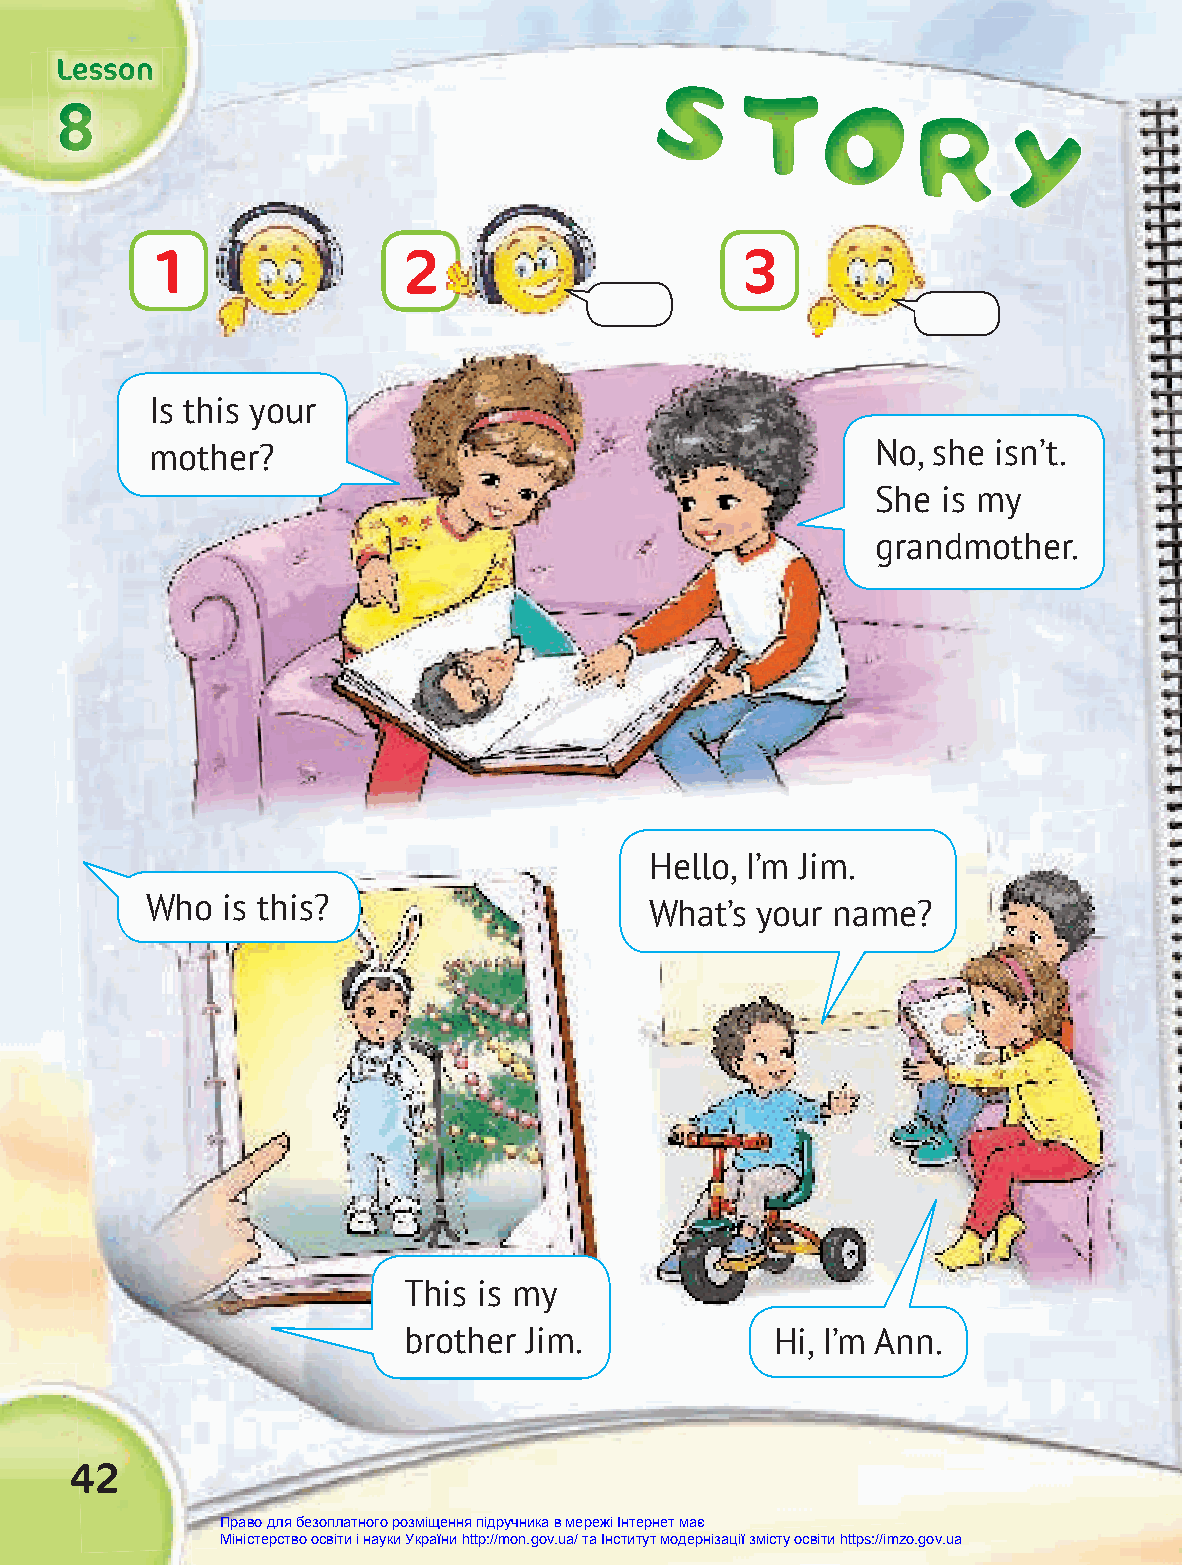
LLLeeessssssooonnn                     SSS
 TTT
 OOO
 888                                                     RRR
 YYY
 1                2                     3
 Is this your
 mother?                                         No, she isn’t.
 She is my
 grandmother.
 Hello, I’m Jim.
 Who  is this?
 What’s your name?
 This is my
 brother Jim.            Hi, I’m Ann.
 42
 Право для безоплатного розміщення підручника в мережі Інтернет має
 Міністерство освіти і науки України http://mon.gov.ua/ та Інститут модернізації змісту освіти https://imzo.gov.ua